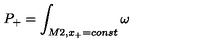
P _ { + } = \int _ { M 2 , x _ { + } = c o n s t } \omega